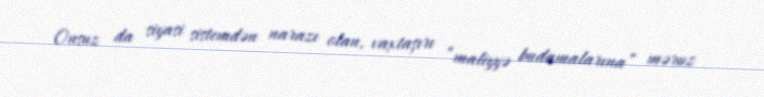
Onsuz da siyasi sistemdən narazı olan, vaxtaşırı “maliyyə budamalarına” məruz